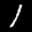
Label: 1